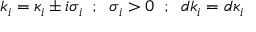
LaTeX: k _ { i } = { \kappa } _ { i } \pm i { \sigma } _ { i } \; \; ; \; \; { \sigma } _ { i } > 0 \; \; ; \; \; d k _ { i } = d { \kappa } _ { i }